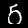
Label: 5